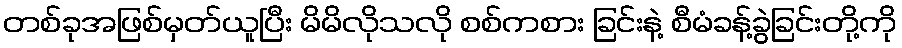
တစ်ခုအဖြစ်မှတ်ယူပြီး မိမိလိုသလို စစ်ကစား ခြင်းနဲ့ စီမံခန့်ခွဲခြင်းတို့ကို